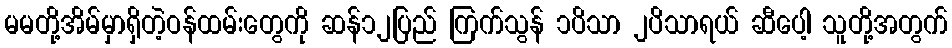
မမတို့အိမ်မှာရှိတဲ့ဝန်ထမ်းတွေကို ဆန်၁၂ပြည် ကြက်သွန် ၁ပိသာ ၂ပိသာရယ် ဆီပေါ့ သူတို့အတွက်